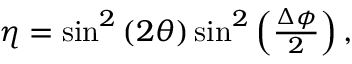
\begin{array} { r } { \eta = \sin ^ { 2 } \left( 2 \theta \right) \sin ^ { 2 } \left( \frac { \Delta \phi } { 2 } \right) , } \end{array}